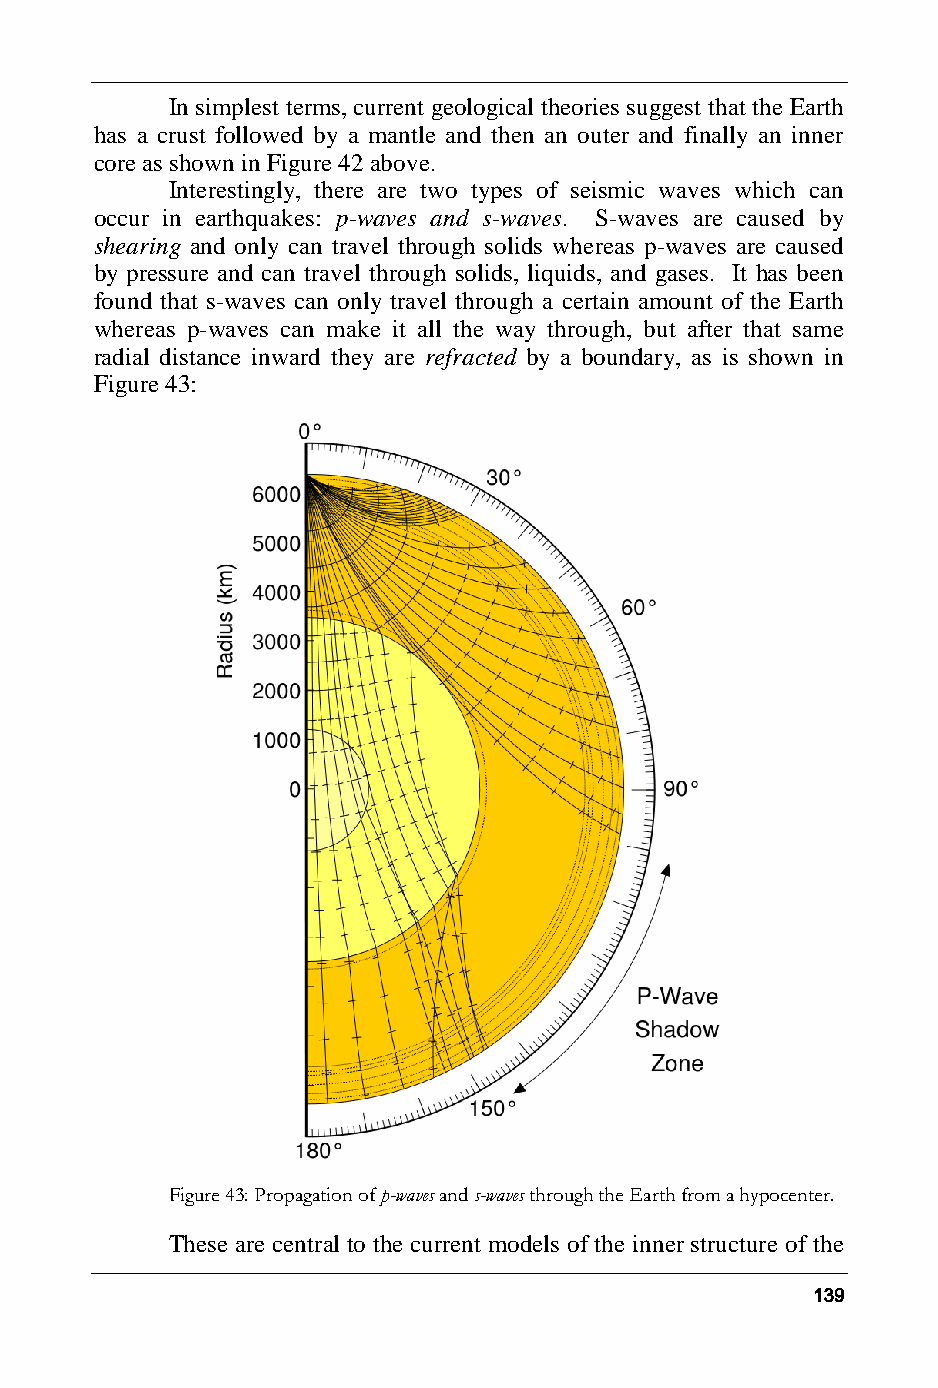
In simplest terms, current geological theories suggest that the Earth
 has a crust followed by a mantle and then an outer and finally an inner
 core as shown in Figure 42 above.
 Interestingly, there are two types of seismic waves which can
 occur in earthquakes: p-waves and s-waves. S-waves are caused by
 shearing and only can travel through solids whereas p-waves are caused
 by pressure and can travel through solids, liquids, and gases. It has been
 found that s-waves can only travel through a certain amount of the Earth
 whereas p-waves can make it all the way through, but after that same
 radial distance inward they are refracted by a boundary, as is shown in
 Figure 43:
 Figure 43: Propagation of p-waves and s-waves through the Earth from a hypocenter.
 These are central to the current models of the inner structure of the
 139